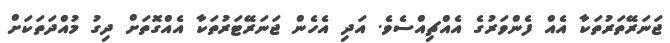
ޖަނަރޭތަރުތަކާ އެއް ފެންވަރުގެ އެއްޗިއްސެވެ. އަދި އެހެން ޖަނަރޭޓަރުތަކާ އެއްގޮތަށް ދިގު މުއްދަތަކަށް